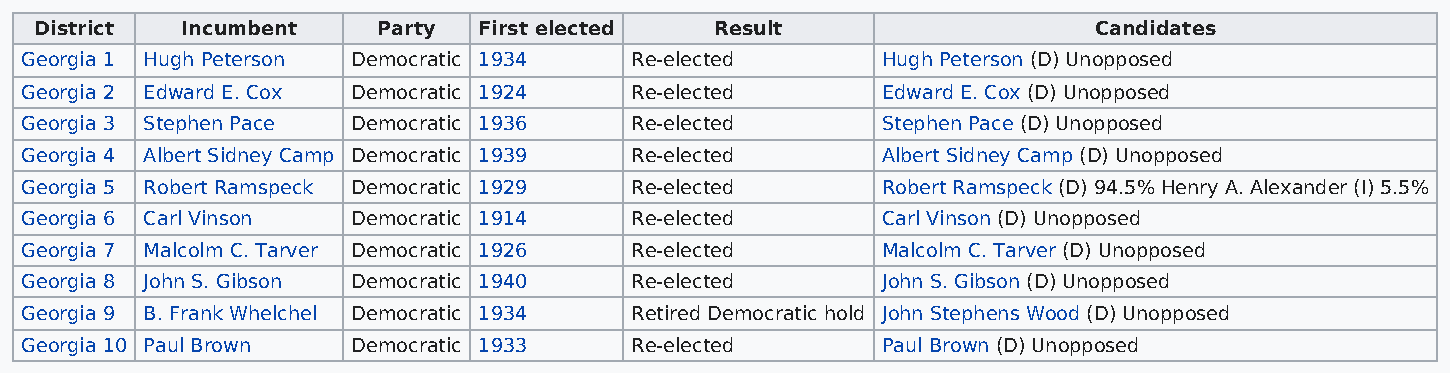
District  Incumbent    Party  First elected  Result                   Candidates
 Georgia 1 Hugh Peterson Democratic 1934  Re-elected      Hugh Peterson (D) Unopposed
 Georgia 2 Edward E. Cox Democratic 1924  Re-elected      Edward E. Cox (D) Unopposed
 Georgia 3 Stephen Pace Democratic 1936   Re-elected      Stephen Pace (D) Unopposed
 Georgia 4 Albert Sidney Camp Democratic 1939 Re-elected  Albert Sidney Camp (D) Unopposed
 Georgia 5 Robert Ramspeck Democratic 1929 Re-elected     Robert Ramspeck (D) 94.5% Henry A. Alexander (I) 5.5%
 Georgia 6 Carl Vinson Democratic 1914    Re-elected      Carl Vinson (D) Unopposed
 Georgia 7 Malcolm C. Tarver Democratic 1926 Re-elected   Malcolm C. Tarver (D) Unopposed
 Georgia 8 John S. Gibson Democratic 1940 Re-elected      John S. Gibson (D) Unopposed
 Georgia 9 B. Frank Whelchel Democratic 1934 Retired Democratic hold John Stephens Wood (D) Unopposed
 Georgia 10 Paul Brown Democratic 1933    Re-elected      Paul Brown (D) Unopposed